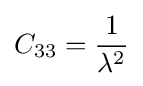
C_{33}={\frac {1}{\lambda ^{2}}}